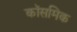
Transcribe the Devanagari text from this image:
कॉसमिक